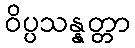
ဝိပ္ပသန္နတ္တာ